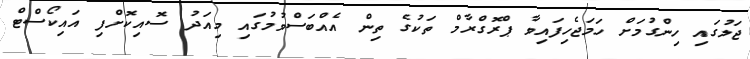
ޖަލުގައި ހިންގުމަށް ހަމަޖެހިފައިވާ ޕްރޮގްރާމް ތަކުގެ ތިން އެއްބަސްވުމުގައި މިއަދު ސޮއިކޮށްފި އައިކޯސްޓް